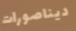
ديناصورات